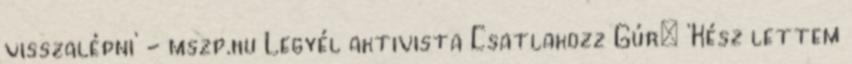
visszalépni' - mszp.hu Legyél aktivista Csatlakozz Gúr: 'Kész lettem